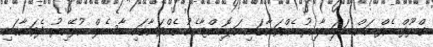
ގްރޫފް އެފް އަށް ބަލައިލާއިރު އެއްވަނާގައި ހަޕޮއިންޓާއެކު އެއްވަނާގައި މާސެލް އުޅޭއިރު ދެވަނާގައި